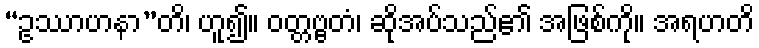
“ဥဿာဟနာ”တိ၊ ဟူ၍။ ဝတ္တဗ္ဗတံ၊ ဆိုအပ်သည်၏ အဖြစ်ကို။ အရဟတိ